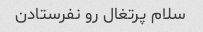
سلام پرتغال رو نفرستادن